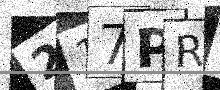
Text: 217PRF